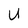
Character: U